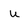
Character: U